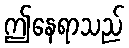
ဤနေရာသည်